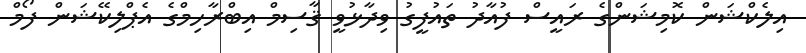
އިލެކްޝަން ކޮމިޝަންގެ ރައީސް ފުއާދު ތައުފީގު ވިދާޅުވީ ޤާސިމް އިބްރާހިމްގެ އެޕްލިކޭޝަން ފޯމް